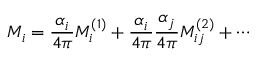
M _ { i } = \frac { \alpha _ { i } } { 4 \pi } M _ { i } ^ { ( 1 ) } + \frac { \alpha _ { i } } { 4 \pi } \frac { \alpha _ { j } } { 4 \pi } M _ { i j } ^ { ( 2 ) } + \cdots